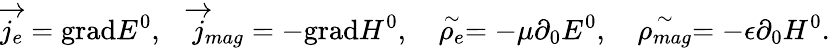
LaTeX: \overrightarrow{j_{e}}=\mathrm{grad}E^{0},\quad\overrightarrow{j}_{mag}=-\mathrm{grad}H^{0},\quad\stackrel{\sim}{\rho_{e}}=-\mu\partial_{0}E^{0},\quad\stackrel{\sim}{\rho_{mag}}=-\epsilon\partial_{0}H^{0}.